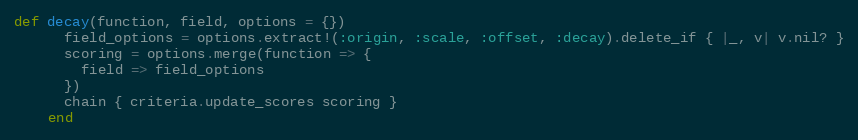
Language: Ruby
def decay(function, field, options = {})
      field_options = options.extract!(:origin, :scale, :offset, :decay).delete_if { |_, v| v.nil? }
      scoring = options.merge(function => {
        field => field_options
      })
      chain { criteria.update_scores scoring }
    end